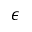
\epsilon